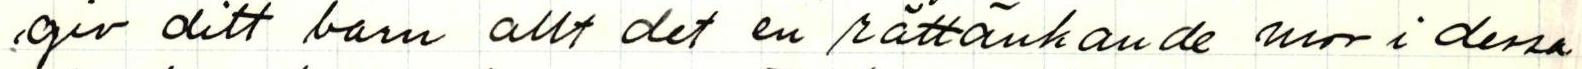
, giv ditt barn allt det en rättänkande mor i dessa